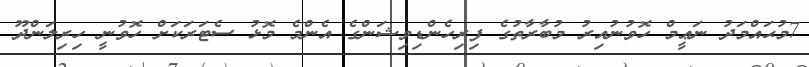
7މުޙައްމަދު ނަޢީމް ހޮވުނުއިރު މުބާރާތުގެ ފިރިހެންޑިވިޝަންގެ އެންމެ މޮޅު ސެޓަރަކަށް ހޮވުނީ ހިރިލަންދޫ